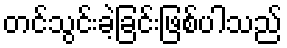
တင်သွင်းခဲ့ခြင်းဖြစ်ပါသည်